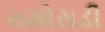
સમોસડી